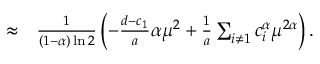
\begin{array} { r l } { \approx } & { { } \frac { 1 } { ( 1 - \alpha ) \ln { 2 } } \left( - \frac { d - c _ { 1 } } { a } \alpha \mu ^ { 2 } + \frac { 1 } { a } \sum _ { i \neq 1 } c _ { i } ^ { \alpha } \mu ^ { 2 \alpha } \right) . } \end{array}